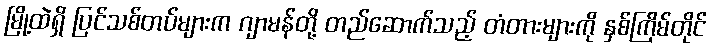
မြို့ထဲရှိ ပြင်သစ်တပ်များက ဂျာမန်တို့ တည်ဆောက်သည့် တံတားများကို နှစ်ကြိမ်တိုင်